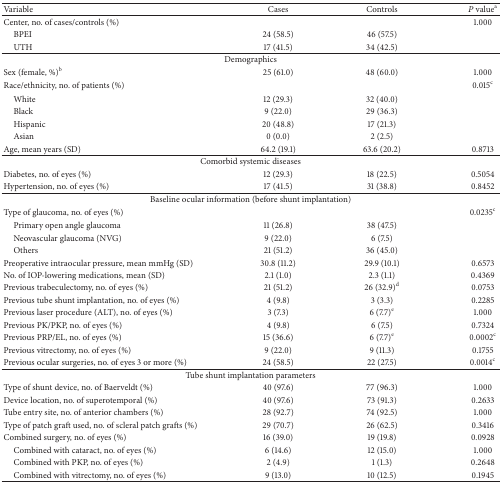
<table><thead><tr><td><b>Variable</b></td><td><b>Cases</b></td><td><b>Controls</b></td><td><b><i>P</i> value<sup>a</sup></b></td></tr></thead><tbody><tr><td>Center, no. of cases/controls (%)</td><td> </td><td> </td><td>1.000</td></tr><tr><td> BPEI</td><td>24 (58.5)</td><td>46 (57.5)</td><td> </td></tr><tr><td> UTH</td><td>17 (41.5) </td><td>34 (42.5)</td><td> </td></tr><tr><td colspan="4">Demographics</td></tr><tr><td>Sex (female, %)<sup>b</sup></td><td>25 (61.0)</td><td>48 (60.0)</td><td>1.000</td></tr><tr><td>Race/ethnicity, no. of patients (%)</td><td> </td><td> </td><td>0.015<sup>c</sup></td></tr><tr><td> White</td><td>12 (29.3)</td><td>32 (40.0)</td><td> </td></tr><tr><td> Black</td><td>9 (22.0)</td><td>29 (36.3)</td><td> </td></tr><tr><td> Hispanic</td><td>20 (48.8)</td><td>17 (21.3)</td><td> </td></tr><tr><td> Asian </td><td>0 (0.0)</td><td>2 (2.5)</td><td> </td></tr><tr><td>Age, mean years (SD)</td><td>64.2 (19.1)</td><td>63.6 (20.2)</td><td>0.8713</td></tr><tr><td colspan="4">Comorbid systemic diseases</td></tr><tr><td>Diabetes, no. of eyes (%)</td><td>12 (29.3)</td><td>18 (22.5)</td><td>0.5054</td></tr><tr><td>Hypertension, no. of eyes (%)</td><td>17 (41.5)</td><td>31 (38.8)</td><td>0.8452</td></tr><tr><td colspan="4">Baseline ocular information (before shunt implantation)</td></tr><tr><td>Type of glaucoma, no. of eyes (%)</td><td> </td><td> </td><td>0.0235<sup>c</sup></td></tr><tr><td> Primary open angle glaucoma</td><td>11 (26.8)</td><td>38 (47.5)</td><td> </td></tr><tr><td> Neovascular glaucoma (NVG)</td><td>9 (22.0)</td><td>6 (7.5)</td><td> </td></tr><tr><td> Others</td><td>21 (51.2)</td><td>36 (45.0)</td><td> </td></tr><tr><td>Preoperative intraocular pressure, mean mmHg (SD)</td><td>30.8 (11.2)</td><td>29.9 (10.1)</td><td>0.6573</td></tr><tr><td>No. of IOP-lowering medications, mean (SD)</td><td>2.1 (1.0)</td><td>2.3 (1.1)</td><td>0.4369</td></tr><tr><td>Previous trabeculectomy, no. of eyes (%)</td><td>21 (51.2)</td><td>26 (32.9)<sup>d</sup></td><td>0.0753</td></tr><tr><td>Previous tube shunt implantation, no. of eyes (%)</td><td>4 (9.8)</td><td>3 (3.3)</td><td>0.2285</td></tr><tr><td>Previous laser procedure (ALT), no. of eyes (%)</td><td>3 (7.3)</td><td>6 (7.7)<sup>e</sup></td><td>1.000</td></tr><tr><td>Previous PK/PKP, no. of eyes (%)</td><td>4 (9.8)</td><td>6 (7.5)</td><td>0.7324</td></tr><tr><td>Previous PRP/EL, no. of eyes (%)</td><td>15 (36.6)</td><td>6 (7.7)<sup>e</sup></td><td>0.0002<sup>c</sup></td></tr><tr><td>Previous vitrectomy, no. of eyes (%)</td><td>9 (22.0)</td><td>9 (11.3)</td><td>0.1755</td></tr><tr><td>Previous ocular surgeries, no. of eyes 3 or more (%)</td><td>24 (58.5)</td><td>22 (27.5)</td><td>0.0014<sup>c</sup></td></tr><tr><td colspan="4">Tube shunt implantation parameters</td></tr><tr><td>Type of shunt device, no. of Baerveldt (%)</td><td>40 (97.6)</td><td>77 (96.3)</td><td>1.000</td></tr><tr><td>Device location, no. of superotemporal (%)</td><td>40 (97.6)</td><td>73 (91.3)</td><td>0.2633</td></tr><tr><td>Tube entry site, no. of anterior chambers (%)</td><td>28 (92.7)</td><td>74 (92.5)</td><td>1.000</td></tr><tr><td>Type of patch graft used, no. of scleral patch grafts (%)</td><td>29 (70.7)</td><td>26 (62.5)</td><td>0.3416</td></tr><tr><td>Combined surgery, no. of eyes (%)</td><td>16 (39.0)</td><td>19 (19.8)</td><td>0.0928</td></tr><tr><td> Combined with cataract, no. of eyes (%)</td><td>6 (14.6)</td><td>12 (15.0)</td><td>1.000</td></tr><tr><td> Combined with PKP, no. of eyes (%)</td><td>2 (4.9)</td><td>1 (1.3)</td><td>0.2648</td></tr><tr><td> Combined with vitrectomy, no. of eyes (%)</td><td>9 (13.0)</td><td>10 (12.5)</td><td>0.1945</td></tr></tbody></table>